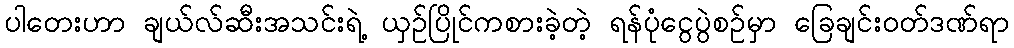
ပါတေးဟာ ချယ်လ်ဆီးအသင်းရဲ့ ယှဉ်ပြိုင်ကစားခဲ့တဲ့ ရန်ပုံငွေပွဲစဉ်မှာ ခြေချင်းဝတ်ဒဏ်ရာ